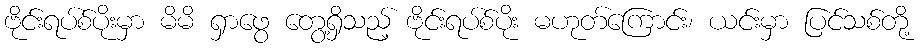
ဗိုင်းရပ်စ်ပိုးမှာ မိမိ ရှာဖွေ တွေ့ရှိသည့် ဗိုင်းရပ်စ်ပိုး မဟုတ်ကြောင်း၊ ယင်းမှာ ပြင်သစ်တို့